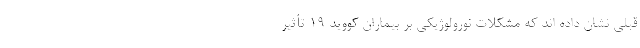
قبلی نشان داده اند که مشکلات نورولوژیکی بر بیماران کووید ۱۹ تأثیر